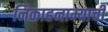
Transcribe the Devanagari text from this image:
निकाहनाम्याची